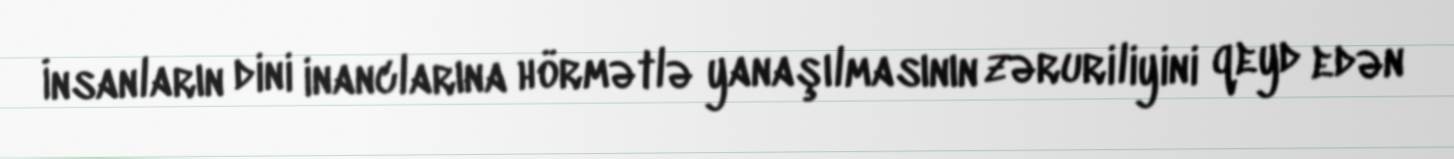
İnsanların dini inanclarına hörmətlə yanaşılmasının zəruriliyini qeyd edən